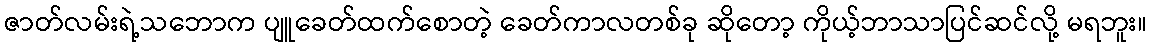
ဇာတ်လမ်းရဲ့သဘောက ပျူခေတ်ထက်စောတဲ့ ခေတ်ကာလတစ်ခု ဆိုတော့ ကိုယ့်ဘာသာပြင်ဆင်လို့ မရဘူး။